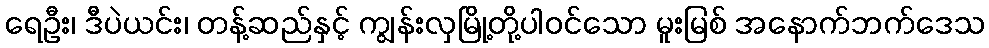
ရေဦး၊ ဒီပဲယင်း၊ တန့်ဆည်နှင့် ကျွန်းလှမြို့တို့ပါဝင်သော မူးမြစ် အနောက်ဘက်ဒေသ